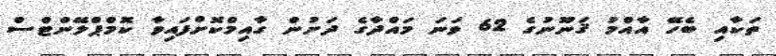
ތަކާއި ބެހޭ އާއްމު ޤަނޫނުގެ 62 ވަނަ މައްދާގެ ދަށުން ގާއިމްކޮށްފައިވާ ކޮމްޕްލޭންޓްސް